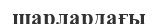
шарлардағы